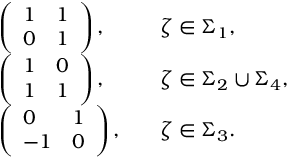
\begin{array} { r l r l } & { \left( \begin{array} { l l } { 1 } & { 1 } \\ { 0 } & { 1 } \end{array} \right) , } & & { \zeta \in \Sigma _ { 1 } , } \\ & { \left( \begin{array} { l l } { 1 } & { 0 } \\ { 1 } & { 1 } \end{array} \right) , } & & { \zeta \in \Sigma _ { 2 } \cup \Sigma _ { 4 } , } \\ & { \left( \begin{array} { l l } { 0 } & { 1 } \\ { - 1 } & { 0 } \end{array} \right) , } & & { \zeta \in \Sigma _ { 3 } . } \end{array}